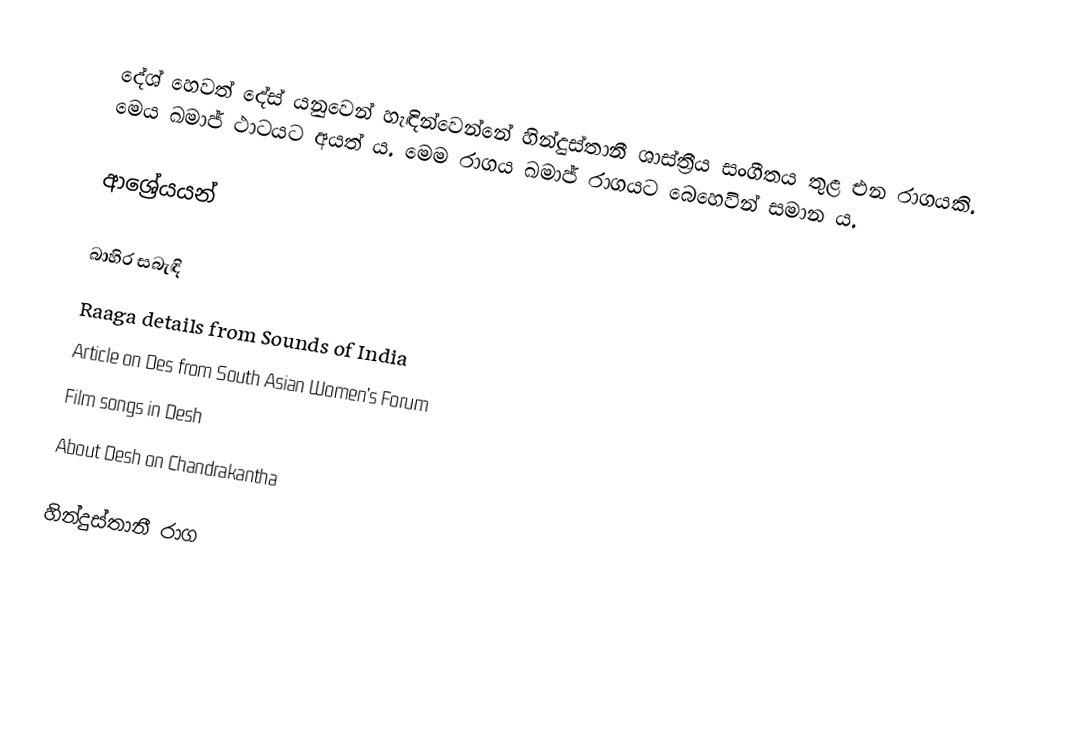
දේශ් හෙවත් දේස් ‍යනුවෙන් හැඳින්වෙන්නේ හින්දුස්තානී ශාස්ත්‍රීය සංගීතය තුළ එන රාගයකි. මෙය ඛමාජ් ථාටයට අයත් ය. මෙම රාගය ඛමාජ් රාගයට බෙහෙවින් සමාන ය.

ආශ්‍රේයයන්

බාහිර සබැඳි
 Raaga details from Sounds of India
 Article on Des from South Asian Women's Forum
 Film songs in Desh
 About Desh on Chandrakantha

හින්දුස්තානී රාග